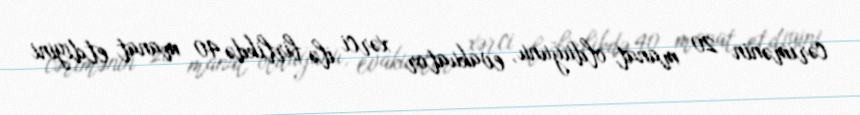
cərimənin 20 manat olduğunu, evakuator xərci ilə birlikdə 40 manat etdiyini